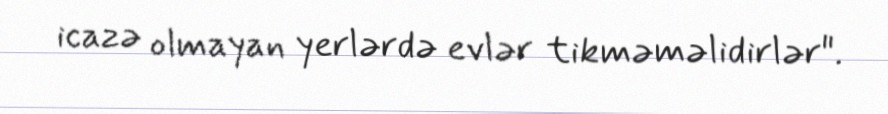
icazə olmayan yerlərdə evlər tikməməlidirlər".